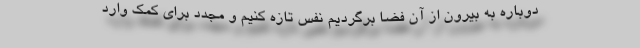
دوباره به بیرون از آن فضا برگردیم نفس تازه کنیم و مجدد برای کمک وارد